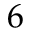
6